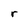
Character: r